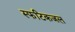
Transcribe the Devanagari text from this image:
स्फटिकजल